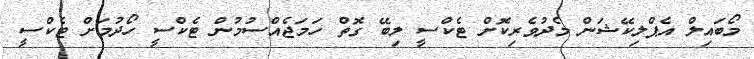
މޯބައިލް އެޕްލިކޭޝަން މެދުވެރިކޮށް ޓެކްސީ ލިބޭ ގޮތް ހަމަޖެއްސުމުން ޓެކްސީ ހޯދުމަށް ޓެކްސީ